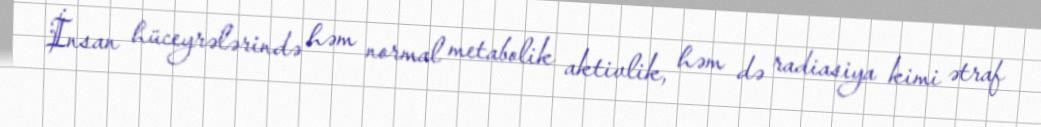
İnsan hüceyrələrində həm normal metabolik aktivlik, həm də radiasiya kimi ətraf